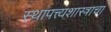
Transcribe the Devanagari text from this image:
स्थापत्त्यशास्त्राचा